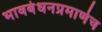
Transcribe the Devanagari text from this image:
भावबंधनप्रमाणेच